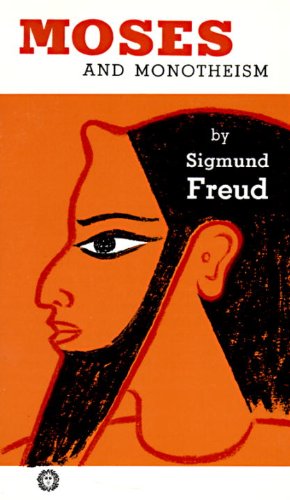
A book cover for Moses and Monotheism; Sigmund Freud; Religion & Spirituality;